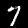
Label: 7